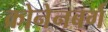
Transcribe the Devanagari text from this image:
क्रोनेनबर्ग